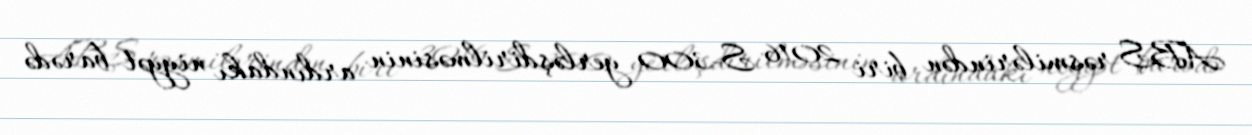
ABŞ rəsmilərindən biri 2016 S-300 yerləşdirilməsinin ardındakı niyyət barədə